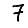
Digit: 7